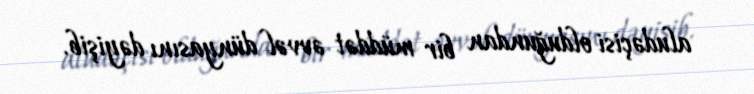
aludəçisi olduğundan bir müddət əvvəl dünyasını dəyişib.